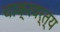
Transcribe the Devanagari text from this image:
चाक्रवर्त्य